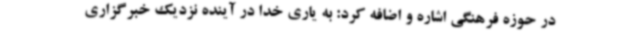
در حوزه فرهنگی اشاره و اضافه کرد: به یاری خدا در آینده نزدیک خبرگزاری